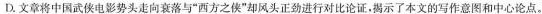
D.文章将中国武侠电影势头走向衰落与”西方之侯”却风头正劲进行对比论证。揭示了本文的写作意图和中心论点。